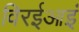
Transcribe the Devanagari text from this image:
विरईआइं